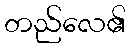
တည်လေ၏